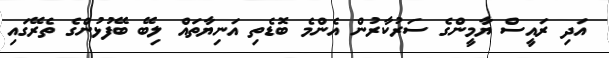
އަދި ރައީސް ޔާމީންގެ ސަރުކާރުން އެންމެ ބޮޑެތި އަނިޔާތައް ލިބޭ ބޭފުޅުންގެ ތެރޭގައި